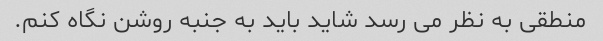
منطقی به نظر می رسد شاید باید به جنبه روشن نگاه کنم.